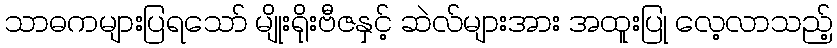
သာဓကများပြရသော် မျိုးရိုးဗီဇနှင့် ဆဲလ်များအား အထူးပြု လေ့လာသည့်